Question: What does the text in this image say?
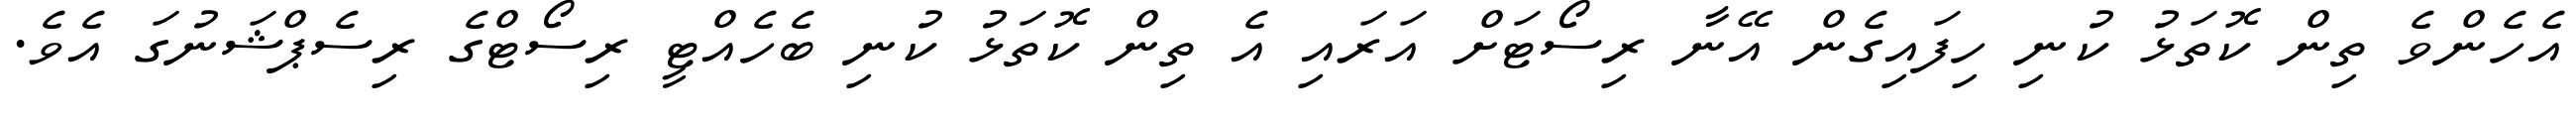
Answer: އެހެންވެ ތިން ކޮތަޅު ކުނި ހިފައިގެން އޭނާ ރިސޯޓަށް އަރައި އެ ތިން ކޮތަޅު ކުނި ބެހެއްޓީ ރިސޯޓްގެ ރިސެޕްޝަނުގަ އެވެ.